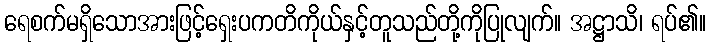
ရေစက်မရှိသောအားဖြင့်ရှေးပကတိကိုယ်နှင့်တူသည်တို့ကိုပြုလျက်။ အဋ္ဌာသိ၊ ရပ်၏။